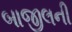
બાજીલની